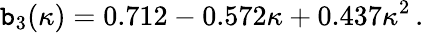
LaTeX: \mathtt{b}_{3}(\kappa)=0.712-0.572\kappa+0.437\kappa^{2}\, .